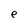
Character: e